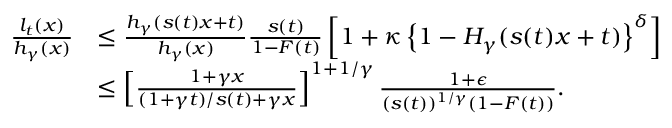
\begin{array} { r l } { \frac { l _ { t } ( x ) } { h _ { \gamma } ( x ) } } & { \leq \frac { h _ { \gamma } ( s ( t ) x + t ) } { h _ { \gamma } ( x ) } \frac { s ( t ) } { 1 - F ( t ) } \left[ 1 + \kappa \left\lbrace 1 - H _ { \gamma } ( s ( t ) x + t ) \right\rbrace ^ { \delta } \right] } \\ & { \leq \left[ \frac { 1 + \gamma x } { ( 1 + \gamma t ) / s ( t ) + \gamma x } \right] ^ { 1 + 1 / \gamma } \frac { 1 + \epsilon } { ( s ( t ) ) ^ { 1 / \gamma } ( 1 - F ( t ) ) } . } \end{array}